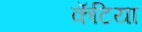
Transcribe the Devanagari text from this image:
कॅटिया